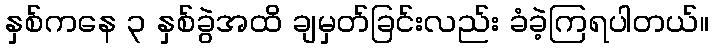
နှစ်ကနေ ၃ နှစ်ခွဲအထိ ချမှတ်ခြင်းလည်း ခံခဲ့ကြရပါတယ်။